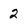
Character: 2